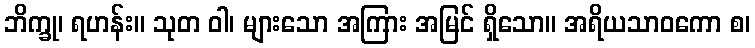
ဘိက္ခု၊ ရဟန်း။ သုတ ဝါ၊ များသော အကြား အမြင် ရှိသော။ အရိယသာဝကော စ၊